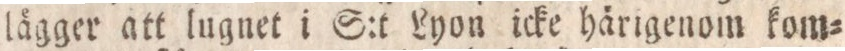
lägger att lugnet i S:t Lyon icke härigenom kom=